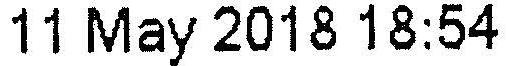
11 MAY 2018 18:54